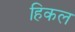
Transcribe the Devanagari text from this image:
हिकल